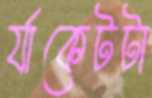
র‍্যাকেটটা